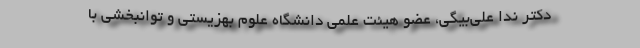
دکتر ندا علی‌بیگی، عضو هیئت علمی دانشگاه علوم بهزیستی و توانبخشی با